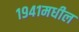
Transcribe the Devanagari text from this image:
१९४१मधील